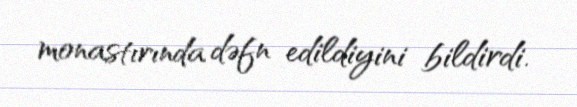
monastırında dəfn edildiyini bildirdi.